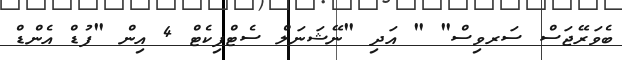
ބެވަރޭޖަސް ސަރވިސް" " އަދި "ނޭޝަނަލް ސެޓްފިކެޓް 4 އިން "ފުޑް އެންޑް